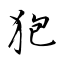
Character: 狍